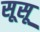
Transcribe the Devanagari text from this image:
सूसू